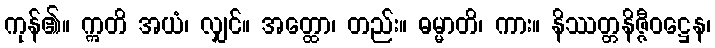
ကုန်၏။ ဣတိ အယံ၊ လျှင်။ အတ္ထော၊ တည်း။ ဓမ္မာတိ၊ ကား။ နိဿတ္တနိဇ္ဇီဝဋ္ဌေန၊